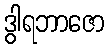
ဒွါရဘာဇော